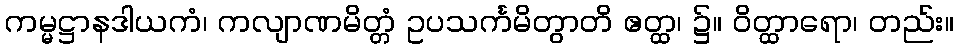
ကမ္မဋ္ဌာနဒါယကံ၊ ကလျာဏမိတ္တံ ဥပသင်္ကမိတွာတိ ဧတ္ထ၊ ၌။ ဝိတ္ထာရော၊ တည်း။